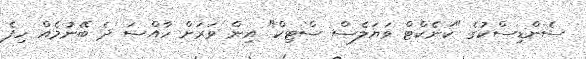
ސެންޑިސްކުގެ "ކަނެކްޓް ވަޔަލެސް ސްޓިކް" އިން ވަރަށް ހާއްސަ ދެ ބޭނުމެއް ހިފެ